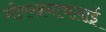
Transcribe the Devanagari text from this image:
गोरखनाथलाई